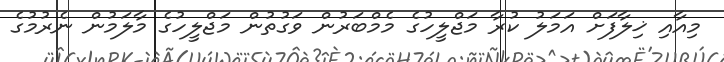
މިއާއި ޚިލާފަށް އަމަލު ކުރާ މަޖްލީހުގެ މެމްބަރުން ވަގުތުން މަޖްލީހުގެ މާލަމުން ނެރުމުގެ